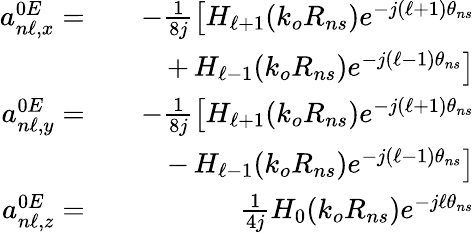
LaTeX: \begin{array}{rlr}{a_{n\ell,x}^{0E}=}&{}&{-\frac{1}{8j}\left[H_{\ell+1}(k_{o}R_{ns})e^{-j(\ell+1)\theta_{ns}}\right.}\\ &{}&{+\left.H_{\ell-1}(k_{o}R_{ns})e^{-j(\ell-1)\theta_{ns}}\right]}\\ {a_{n\ell,y}^{0E}=}&{}&{-\frac{1}{8j}\left[H_{\ell+1}(k_{o}R_{ns})e^{-j(\ell+1)\theta_{ns}}\right.}\\ &{}&{-\left.H_{\ell-1}(k_{o}R_{ns})e^{-j(\ell-1)\theta_{ns}}\right]}\\ {a_{n\ell,z}^{0E}=}&{}&{\frac{1}{4j}H_{0}(k_{o}R_{ns})e^{-j\ell\theta_{ns}}}\end{array}